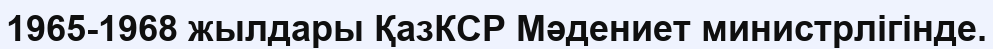
1965-1968 жылдары ҚазКСР Мәдениет министрлігінде.